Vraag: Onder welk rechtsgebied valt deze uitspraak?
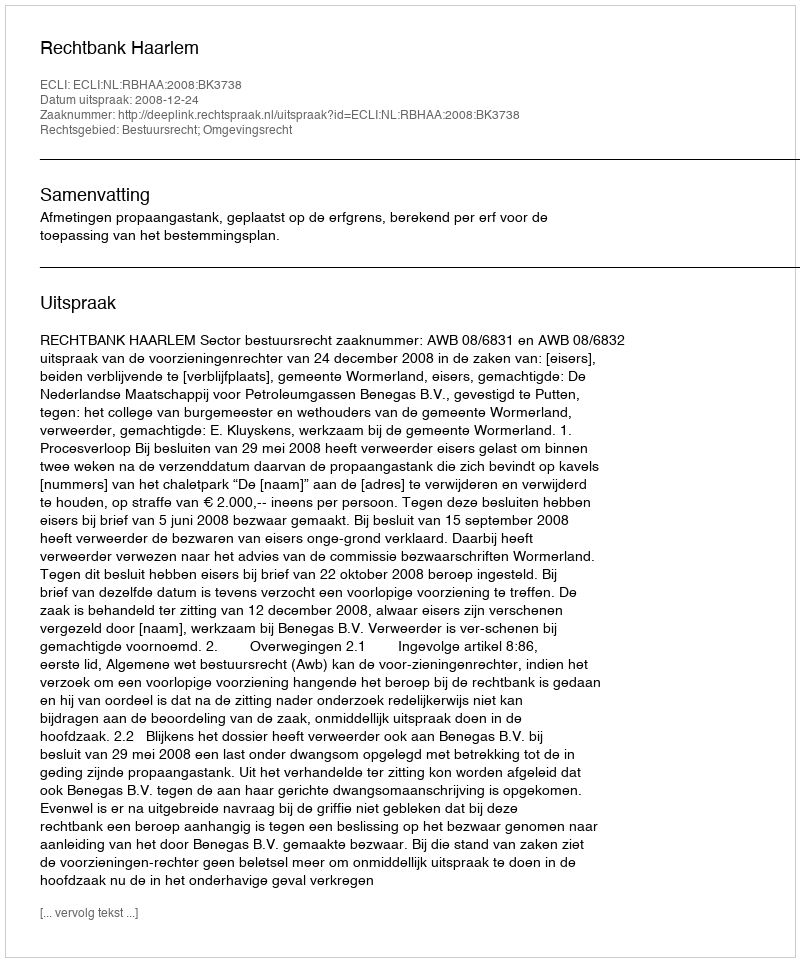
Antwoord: Bestuursrecht; Omgevingsrecht